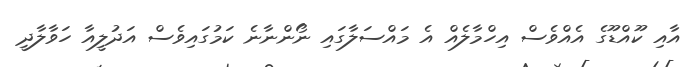
އާއި ކޫއްޑޫގެ އެއްވެސް އިހްމާލެއް އެ މައްސަލާގައި ނޯންނާނެ ކަމުގައިވެސް އަދުލީއާ ހަވާލާދީ